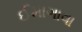
ઈમાગાવા